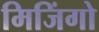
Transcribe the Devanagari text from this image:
मिजिंगो